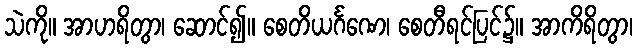
သဲကို။ အာဟရိတွာ၊ ဆောင်၍။ စေတိယင်္ဂဏေ၊ စေတီရင်ပြင်၌။ အာကိရိတွာ၊